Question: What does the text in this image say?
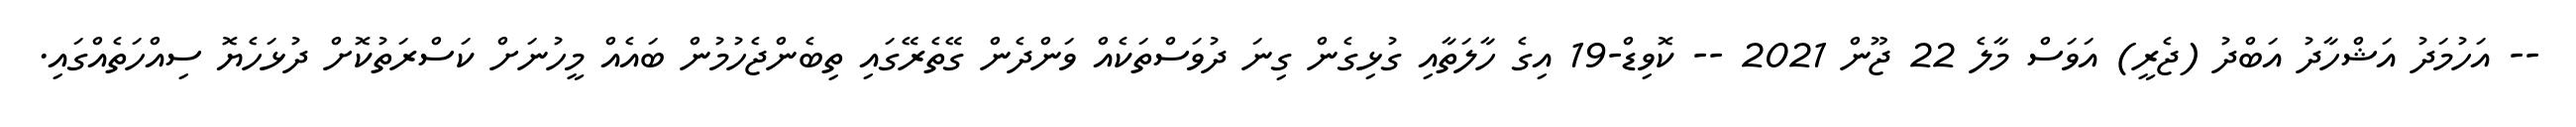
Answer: -- އަހުމަދު އަޝްހާދު އަބްދު (ޖެރީ) އަވަސް މާލެ 22 ޖޫން 2021 -- ކޮވިޑް-19 އިގެ ހާލަތާއި ގުޅިގެން ގިނަ ދުވަސްތަކެއް ވަންދެން ގޭތެރޭގައި ތިބެންޖެހުމުން ބައެއް މީހުނަށް ކަސްރަތުކޮށް ދުޅަހެޔޮ ސިއްހަތެއްގައި.